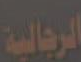
الرجالية